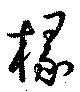
椽